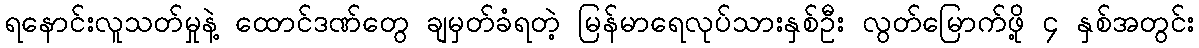
ရနောင်းလူသတ်မှုနဲ့ ထောင်ဒဏ်တွေ ချမှတ်ခံရတဲ့ မြန်မာရေလုပ်သားနှစ်ဦး လွတ်မြောက်ဖို့ ၄ နှစ်အတွင်း